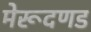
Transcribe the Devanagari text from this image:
मेरूदणड